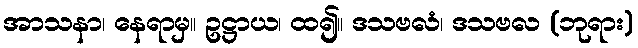
အာသနာ၊ နေရာမှ။ ဥဋ္ဌာယ၊ ထ၍။ ဒသဗလံ၊ ဒသဗလ (ဘုရား)